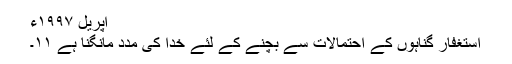
اپریل ١٩٩٧ء
استغفار گناہوں کے احتمالات سے بچنے کے لئے خدا کی مدد مانگنا ہے ١١۔